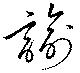
諭